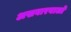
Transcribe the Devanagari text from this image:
अखबारवालो